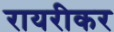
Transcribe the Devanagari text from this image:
रायरीकर